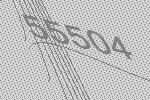
55504